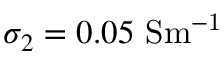
\sigma _ { 2 } = 0 . 0 5 ~ \mathrm { { S m ^ { - 1 } } }